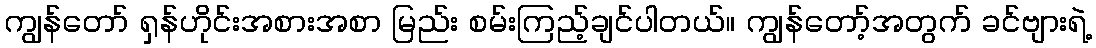
ကျွန်တော် ရှန်ဟိုင်းအစားအစာ မြည်း စမ်းကြည့်ချင်ပါတယ်။ ကျွန်တော့်အတွက် ခင်ဗျားရဲ့